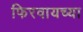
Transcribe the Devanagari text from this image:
फिरवायच्या